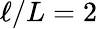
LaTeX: \ell/L=2